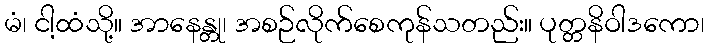
မံ၊ ငါ့ထံသို့။ အာနေန္တု၊ အစဉ်လိုက်စေကုန်သတည်း။ ပုတ္တနိဝါဒကော၊